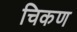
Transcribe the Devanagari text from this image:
चिकण